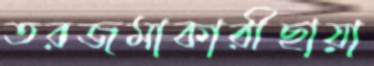
তরজমাকারীছায়া